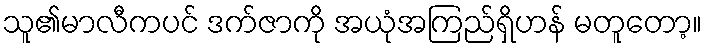
သူ၏မာလီကပင် ဒက်ဇာကို အယုံအကြည်ရှိဟန် မတူတော့။